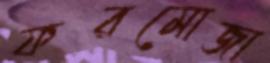
ফরমোজা